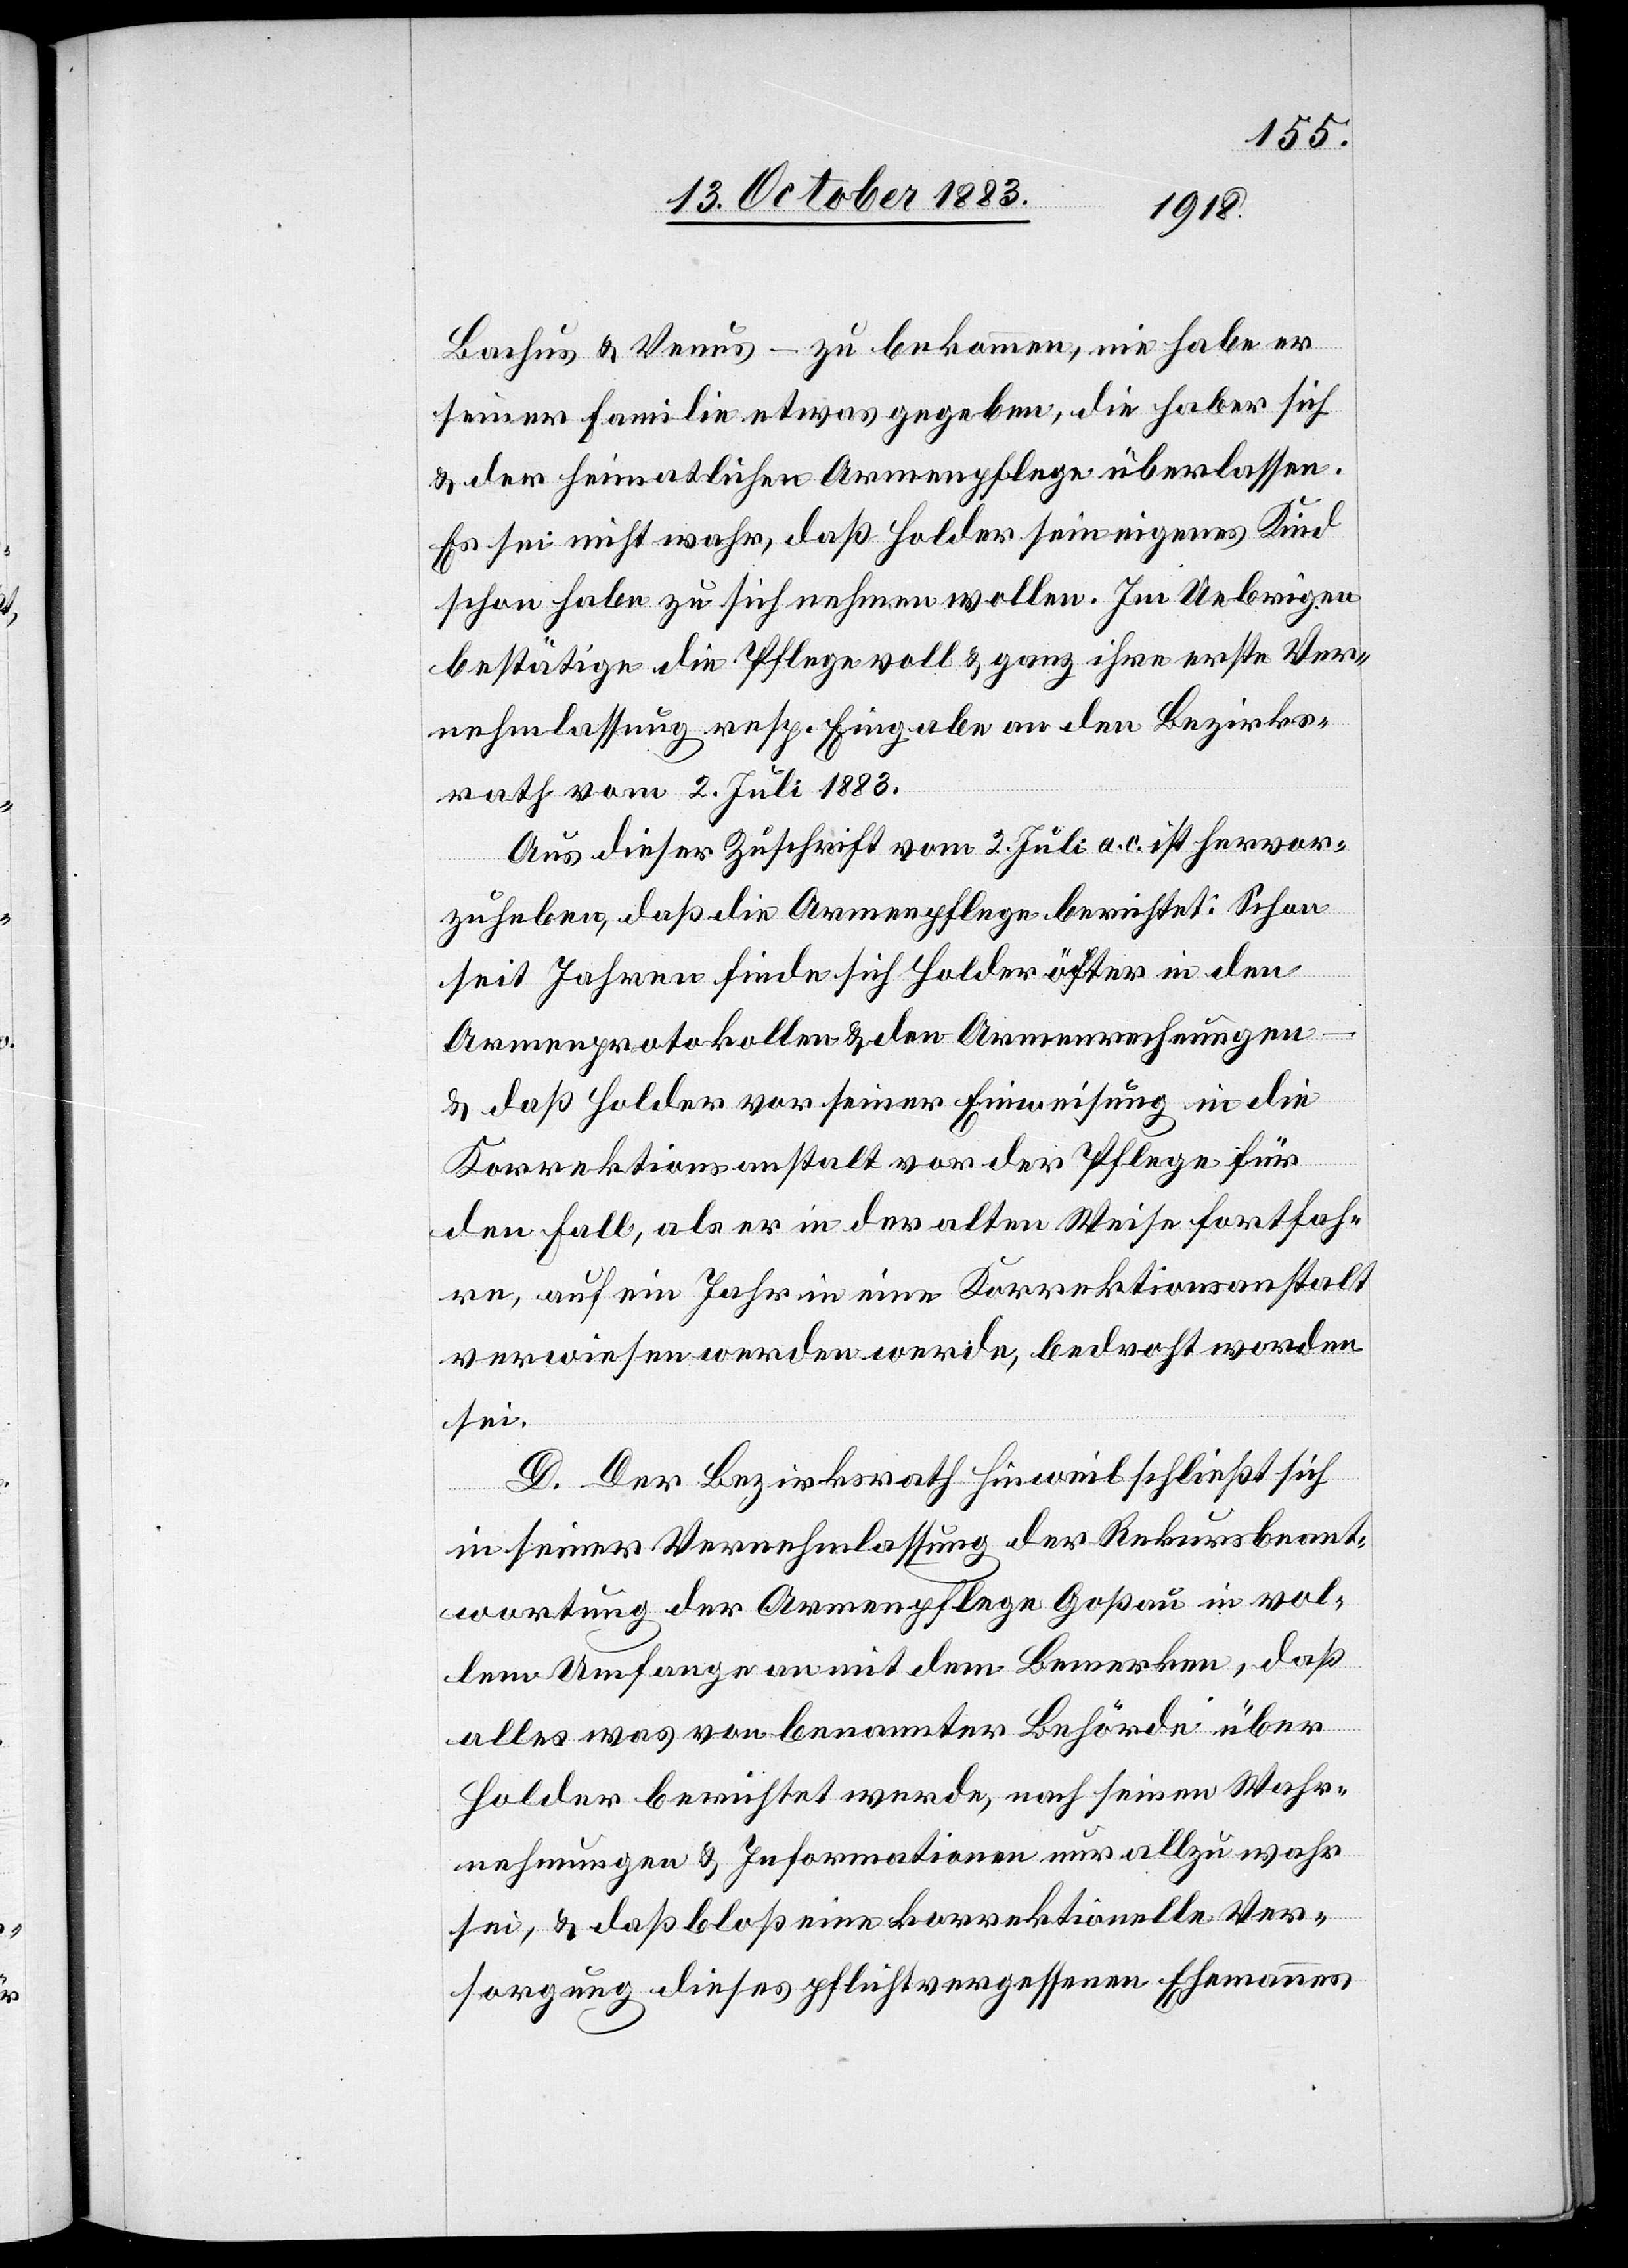
Bachus & Venus – zu bekommen, nie habe er
seiner Familie etwas gegeben, die haber [sic!]
& der heimatlichen Armenpflege überlassen.
Es sei nicht wahr, daß Holder sein eigenes Kind
schon habe zu sich nehmen wollen. Im Uebrigen
bestätige die Pflege voll & ganz ihre erste Ver¬
nehmlassung resp. Eingabe an den Bezirks¬
rath vom 2. Juli 1883.
Aus dieser Zuschrift vom 2. Juli a. c. ist hervor¬
zuheben, daß die Armenpflege berichtet: Schon
seit Jahren finde sich Holder öfter in den
Armenprotokollen & den Armenrechnungen
& daß Holder vor seiner Einweisung in die
Korrektionsanstalt vor der Pflege für
den Fall, als er in der alten Weise fortfah¬
re, auf ein Jahr in eine Korrektionsanstalt
verwiesen werden werde [sic!], bedroht worden
sei.
D. Der Bezirksrath Hinweil schließt sich
in seiner Vernehmlassung der Rekursbeant¬
wortung der Armenpflege Goßau in vol¬
lem Umfange an mit dem Bemerken, daß
alles was von benannter Behörde über
Holder berichtet werde, nach seinen Wahr¬
nehmungen & Informationen nur allzu wahr
sei, & daß bloß eine korrektionelle Ver¬
sorgung dieses pflichtvergessenen Ehemannes